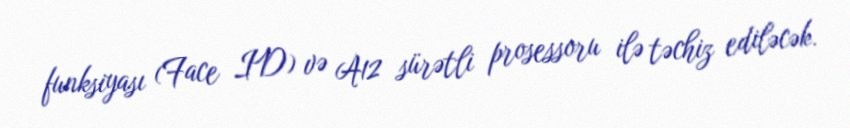
funksiyası (Face ID) və A12 sürətli prosessoru ilə təchiz ediləcək.